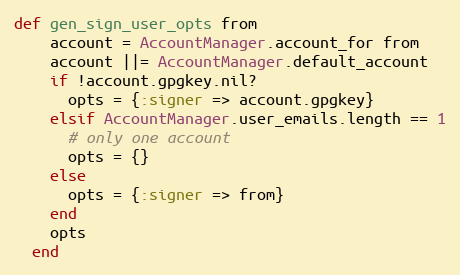
Language: Ruby
def gen_sign_user_opts from
    account = AccountManager.account_for from
    account ||= AccountManager.default_account
    if !account.gpgkey.nil?
      opts = {:signer => account.gpgkey}
    elsif AccountManager.user_emails.length == 1
      # only one account
      opts = {}
    else
      opts = {:signer => from}
    end
    opts
  end